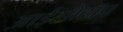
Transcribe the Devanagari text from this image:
आईसोटॉप